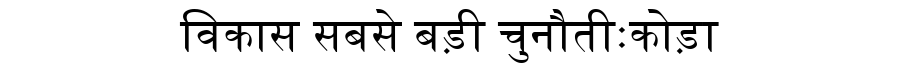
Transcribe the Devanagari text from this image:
विकास सबसे बड़ी चुनौतीःकोड़ा